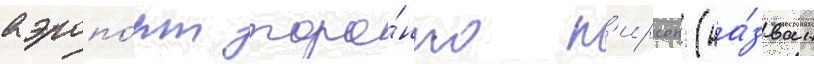
аэропо́рт торо́нто п'ирсон (на́зван